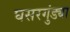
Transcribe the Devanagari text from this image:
घसरगुंड्या